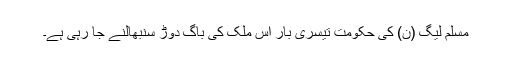
مسلم لیگ (ن) کی حکومت تیسری بار اس ملک کی باگ دوڑ سنبھالنے جا رہی ہے۔